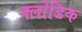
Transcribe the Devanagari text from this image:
क्लोंडिक